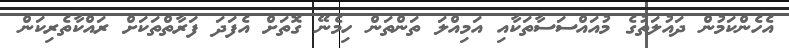
އެހެންކަމުން ދައުލަތުގެ މުއައްސަސާތަކާއި އަމިއްލަ ތަންތަން ހިމެނޭ ގޮތަށް އެފަދަ ފަރާތްތަކަށް ރައްކާތެރިކަން